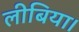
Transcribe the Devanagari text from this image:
लीबिया।